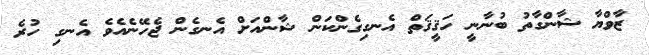
ޒާވްޔާ ޝާންގާތު ބުނާނީ ހަޤީޤަތް އެނގިގެންކަން ޝާންއަށް އެނގެން ޖެހޭނެއެވެ އެނގި ހުރެ